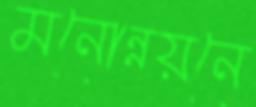
মনোন্নয়নে